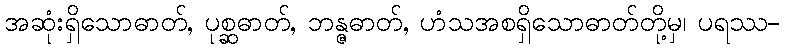
အဆုံးရှိသောဓာတ်, ပုစ္ဆဓာတ်, ဘန္ဇဓာတ်, ဟံသအစရှိသောဓာတ်တို့မှ၊ ပရဿ-